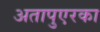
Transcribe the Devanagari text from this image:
अतापुएरका